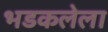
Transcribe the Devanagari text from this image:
भडकलेला